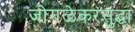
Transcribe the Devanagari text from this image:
जोगळेकरसुद्धा